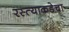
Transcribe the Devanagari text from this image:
रस्त्याकडेचा